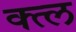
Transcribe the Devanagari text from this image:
क्त्ल